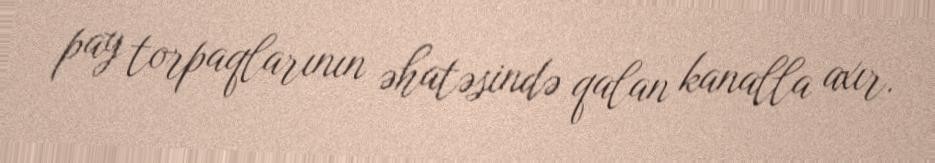
pay torpaqlarının əhatəsində qalan kanalla axır.